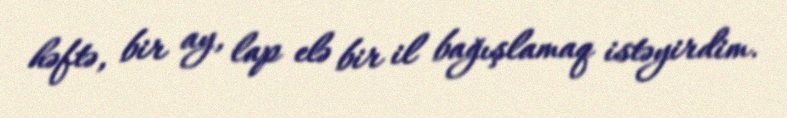
həftə, bir ay, lap elə bir il bağışlamaq istəyirdim.